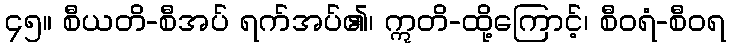
၄၅။ စီယတိ-စီအပ် ရက်အပ်၏၊ ဣတိ-ထို့ကြောင့်၊ စီဝရံ-စီဝရ